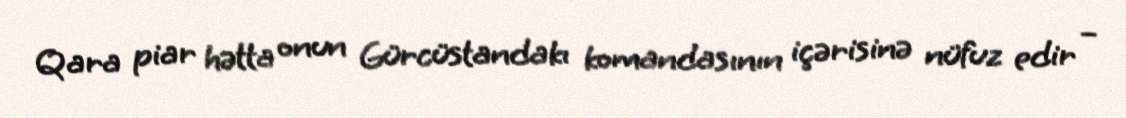
Qara piar hətta onun Gürcüstandakı komandasının içərisinə nüfuz edir –